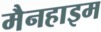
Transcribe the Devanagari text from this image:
मैनहाइम